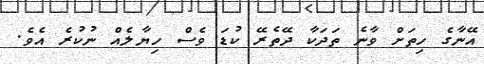
އޭނާގެ ހިތަށް ވާނެ ތަދަކާ ދޭތެރޭ ކުޑަ ވެސް ހިޔާލެއް ނުކުރެ އެވެ.